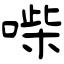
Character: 喍